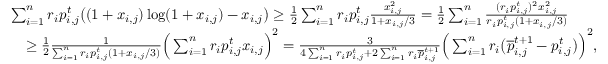
\begin{array} { r l } & { \sum _ { i = 1 } ^ { n } r _ { i } p _ { i , j } ^ { t } \big ( ( 1 + x _ { i , j } ) \log ( 1 + x _ { i , j } ) - x _ { i , j } \big ) \geq \frac { 1 } { 2 } \sum _ { i = 1 } ^ { n } r _ { i } p _ { i , j } ^ { t } \frac { x _ { i , j } ^ { 2 } } { 1 + x _ { i , j } / 3 } = \frac { 1 } { 2 } \sum _ { i = 1 } ^ { n } \frac { ( r _ { i } p _ { i , j } ^ { t } ) ^ { 2 } x _ { i , j } ^ { 2 } } { r _ { i } p _ { i , j } ^ { t } ( 1 + x _ { i , j } / 3 ) } } \\ & { \quad \ge \frac { 1 } { 2 } \frac { 1 } { \sum _ { i = 1 } ^ { n } r _ { i } p _ { i , j } ^ { t } ( 1 + x _ { i , j } / 3 ) } \Big ( \sum _ { i = 1 } ^ { n } r _ { i } p _ { i , j } ^ { t } x _ { i , j } \Big ) ^ { 2 } = \frac { 3 } { 4 \sum _ { i = 1 } ^ { n } r _ { i } p _ { i , j } ^ { t } + 2 \sum _ { i = 1 } ^ { n } r _ { i } \overline { { p } } _ { i , j } ^ { t + 1 } } \Big ( \sum _ { i = 1 } ^ { n } r _ { i } \big ( \overline { { p } } _ { i , j } ^ { t + 1 } - p _ { i , j } ^ { t } \big ) \Big ) ^ { 2 } , } \end{array}